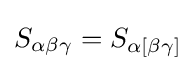
S_{\alpha \beta \gamma }=S_{\alpha [\beta \gamma ]}